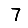
Digit: 7